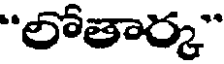
"లోతార్క"